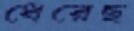
ধেরেছ